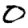
Digit: 0